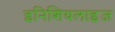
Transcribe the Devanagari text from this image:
इनिशियलाइज